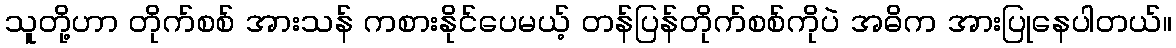
သူတို့ဟာ တိုက်စစ် အားသန် ကစားနိုင်ပေမယ့် တန်ပြန်တိုက်စစ်ကိုပဲ အဓိက အားပြုနေပါတယ်။